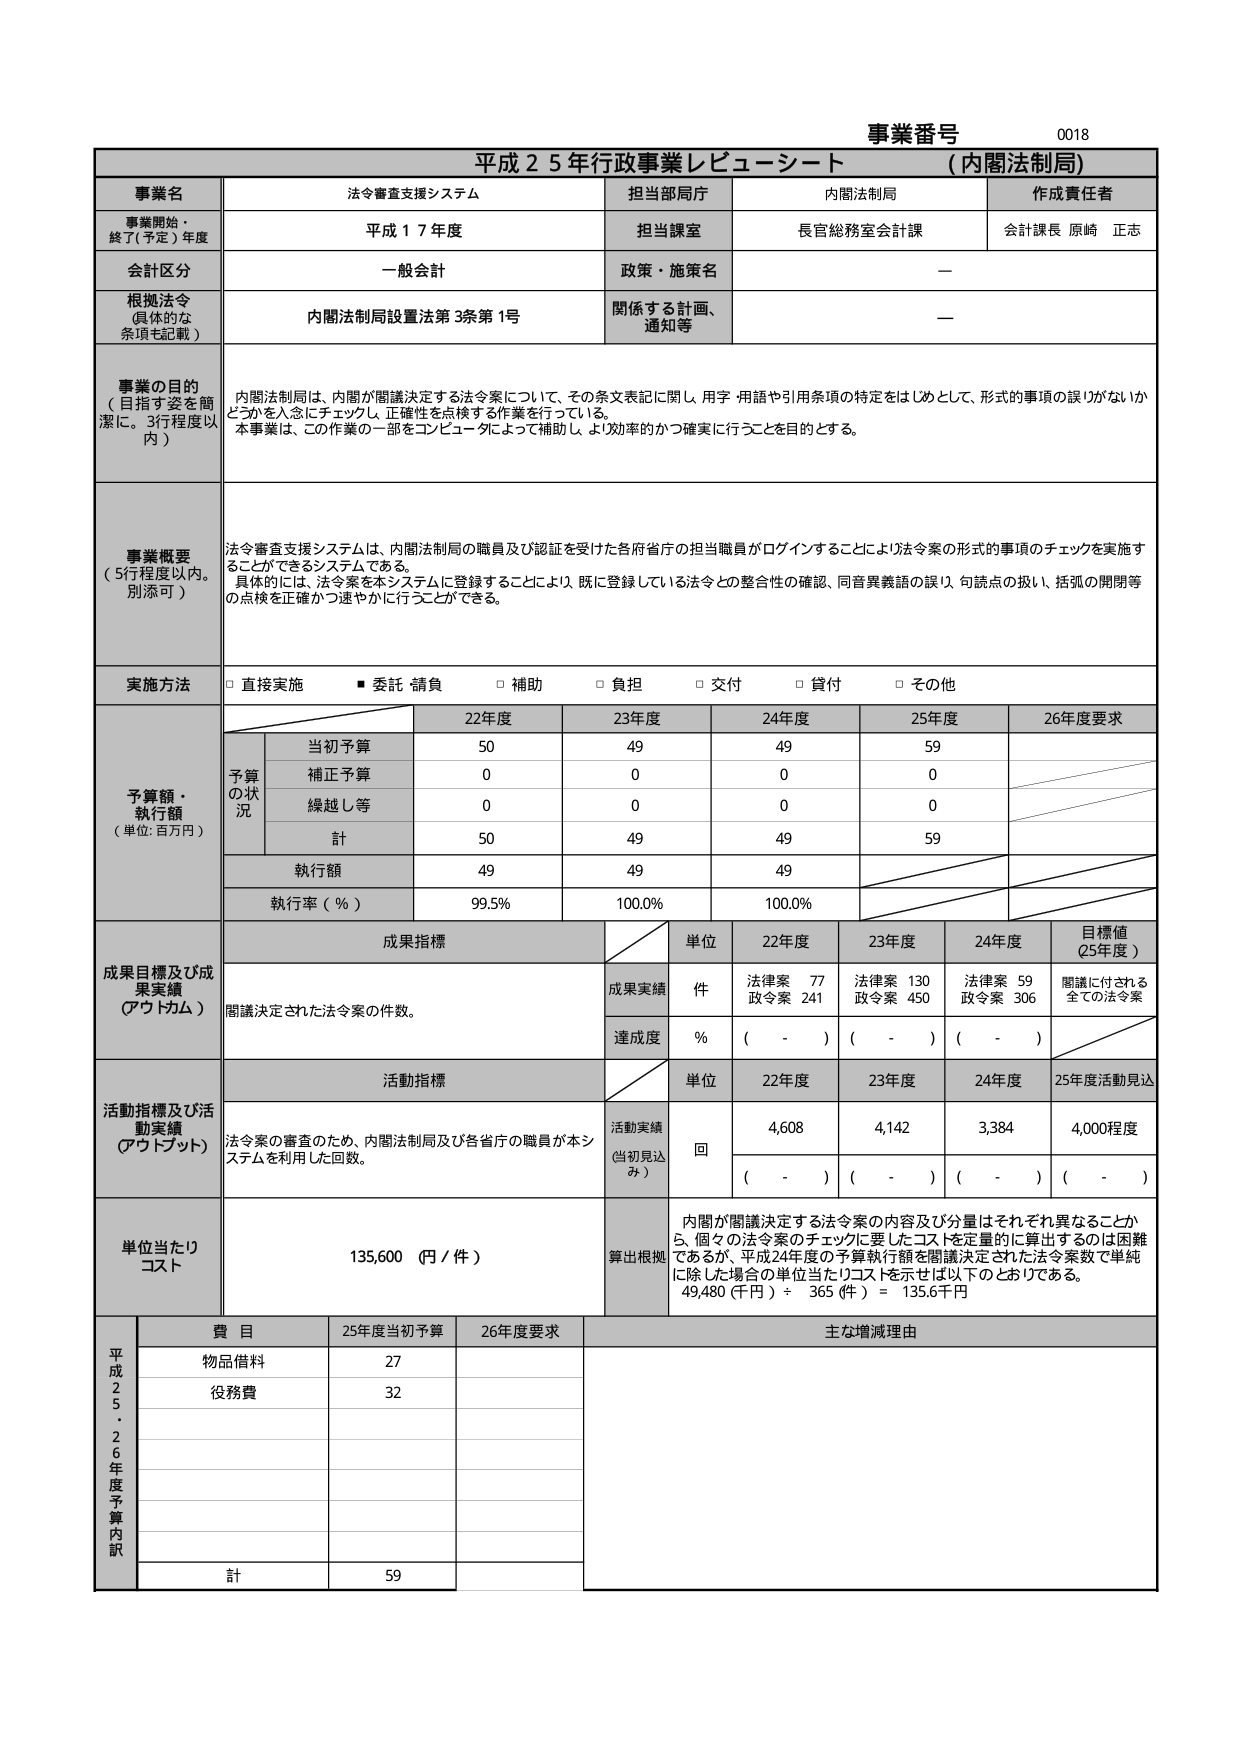
事業番号 0018
平成２５年行政事業レビューーシート （内閣法制局）

事業名 法令審査支援システム
担当部局庁 内閣法制局
作成責任者 会計課長 原崎 正志

事業開始・終了（予定）年度 平成１７年度
担当課室 長官総務室会計課

会計区分 一般会計
政策・施策名 —

根拠法令（具体的な条項も記載） 内閣法制局設置法第3条第1号
関係する計画、通知等 —

事業の目的（目指す姿を簡潔に。3行程度以内）
内閣法制局は、内閣が閣議決定する法令案について、その条文表記に関し、用字・用語や引用条項の特定をはじめとして、形式的事项の誤りがないかどうかを入念にチェックし、正確性を点検する作業を行っている。
本事業は、この作業の一部をコンピュータによって補助し、より効率的かつ確実に行うことを目的とする。

事業概要（5行程度以内。別添可）
法令審査支援システムは、内閣法制局の職員及び認証を受けた各府省庁の担当職員がログインすることにより法令案の形式的事项のチェックを実施することができるシステムである。
具体的には、法令案を本システムに登録することにより、既に登録している法令との整合性の確認、同音異義語の誤り、句読点の扱い、括弧の開閉等の点検を正確かつ速やかに行うことができる。

実施方法
□ 直接実施 ■ 委託・請負 □ 補助 □ 負担 □ 交付 □ 貸付 □ その他

予算額・執行額（単位：百万円）
| | 22年度 | 23年度 | 24年度 | 25年度 | 26年度要求 |
|---|---|---|---|---|---|
| 予算の状況 | 当初予算 | 50 | 49 | 49 | 59 | |
| | 補正予算 | 0 | 0 | 0 | 0 | |
| | 繰越し等 | 0 | 0 | 0 | 0 | |
| | 計 | 50 | 49 | 49 | 59 | |
| 執行額 | | 49 | 49 | 49 | | |
| 執行率（％） | | 99.5% | 100.0% | 100.0% | | |

成果目標及び成果実績（アウトカム）
| | 成果指標 | 単位 | 22年度 | 23年度 | 24年度 | 目標値（25年度） |
|---|---|---|---|---|---|---|
| | 閣議決定された法令案の件数。 | 成果実績 | 件 | 法律案 77 政令案 241 | 法律案 130 政令案 450 | 法律案 59 政令案 306 | 閣議に付される全ての法令案 |
| | | 達成度 | % | （ - ） | （ - ） | （ - ） | |

活動指標及び活動実績（アウトプット）
| | 活動指標 | 単位 | 22年度 | 23年度 | 24年度 | 25年度活動見込 |
|---|---|---|---|---|---|---|
| | 法令案の審査のため、内閣法制局及び各省庁の職員が本システムを利用した回数。 | 活動実績（当初見込み） | 回 | 4,608 | 4,142 | 3,384 | 4,000程度 |
| | | | | （ - ） | （ - ） | （ - ） | （ - ） |

単位当たりコスト 135,600（円／件）
算出根拠 内閣が閣議決定する法令案の内容及び分量はそれぞれ異なることから、個々の法令案のチェックに要したコストを定量的に算出するのは困難であるが、平成24年度の予算執行額を閣議決定された法令案数で単純に除した場合の単位当たりコストを示せば以下のとおりである。
49,480（千円）÷ 365（件）＝ 135.6千円

平成22～26年度予算内訳
| 費目 | 25年度当初予算 | 26年度要求 | 主な増減理由 |
|---|---|---|---|
| 物品借料 | 27 | | |
| 役務費 | 32 | | |
| | | | |
| | | | |
| | | | |
| | | | |
| 計 | 59 | | |